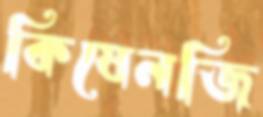
কিষেনজি